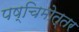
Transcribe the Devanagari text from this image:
पष्चिमोत्तर